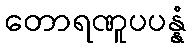
တောရဏူပပန္နံ